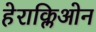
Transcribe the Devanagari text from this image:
हेराक्लिओन